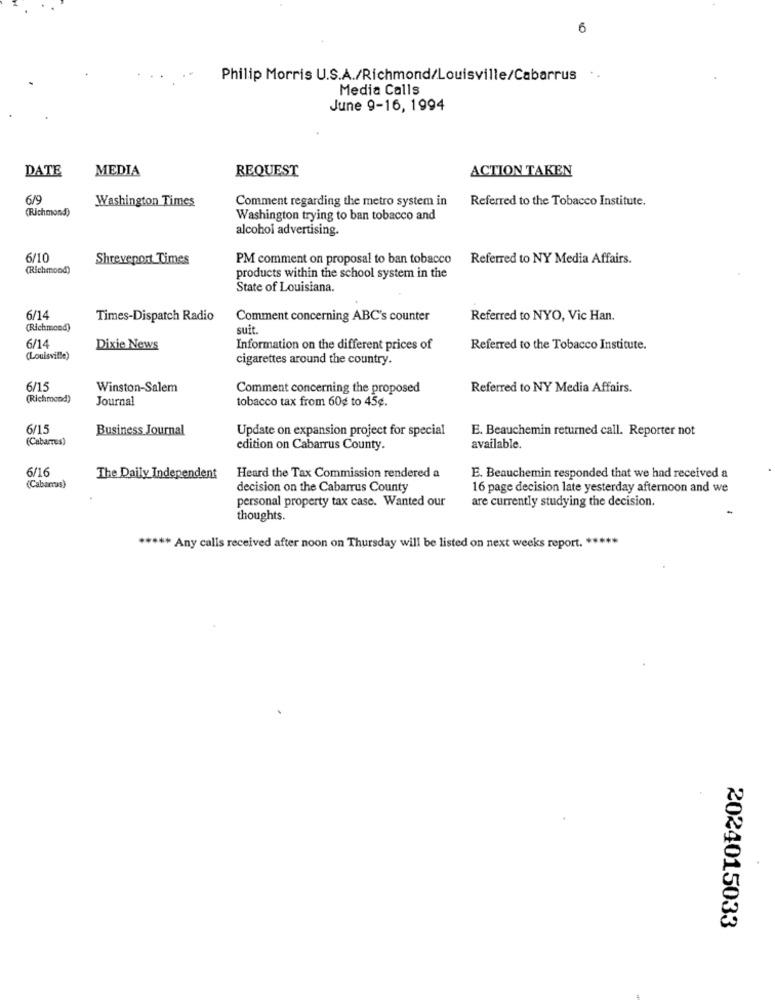
6
Philip Morris U.S.A./Richmond/Louisville/Cabarrus ..
Media Calls
June 9-16, 1994
DATE
MEDIA
REQUEST
ACTION TAKEN
6/9
Washington Times
Comment regarding the metro system in
Referred to the Tobacco Institute.
(Richmond)
Washington trying to ban tobacco and
alcohol advertising.
6/10
Shreveport Times
PM comment on proposal to ban tobacco
Referred to NY Media Affairs.
(Richmond)
products within the school system in the
State of Louisiana.
6/14
Times-Dispatch Radio
Comment concerning ABC's counter
Referred to NYO, Vic Han.
(Richmond)
suit.
6/14
Dixie News
Information on the different prices of
Referred to the Tobacco Institute.
(Louisville)
cigarettes around the country.
6/15
Winston-Salem
Comment concerning the proposed
Referred to NY Media Affairs.
(Richmond)
Journal
tobacco tax from 60¢ to 45g.
6/15
Business Journal
Update on expansion project for special
E. Beauchemin returned call. Reporter not
(Cabarnes)
edition on Cabarrus County.
available.
6/16
The Daily Independent
Heard the Tax Commission rendered a
E. Beauchemin responded that we had received a
(Cabarrus)
decision on the Cabarrus County
16 page decision late yesterday afternoon and we
personal property tax case. Wanted our
are currently studying the decision.
thoughts.
***** Any calls received after noon on Thursday will be listed on next weeks report. *****
2024015033